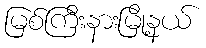
မြစ်ကြီးနားမြို့နယ်